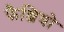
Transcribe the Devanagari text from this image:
फैन्जियो